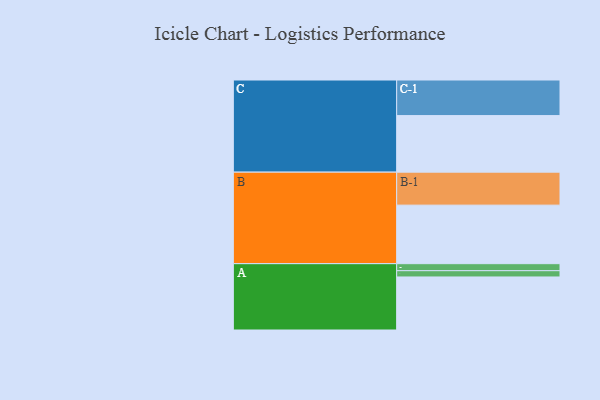
{"axis": {"x": "Segment", "y": "Value"}, "legend": ["", "A", "B", "C"], "data": [{"x": "A", "y": 423, "type": ""}, {"x": "B", "y": 467, "type": ""}, {"x": "C", "y": 451, "type": ""}, {"x": "A-1", "y": 56, "type": "A"}, {"x": "A-2", "y": 50, "type": "A"}, {"x": "B-1", "y": 263, "type": "B"}, {"x": "C-1", "y": 284, "type": "C"}]}